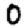
Digit: 0